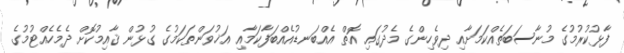
ފާޅުކުރުމުގެ މުނާސަބަތެއްކަމަށާއި ދިވެހިންގެ މެދުގައި އޮތް އެއްބަނޑުއެއްބަފާކަމާއި އަޚުވަންތަކަމުގެ ގުޅުން ޤާއިމުކޮށް ދެމެހެއްޓުމުގެ